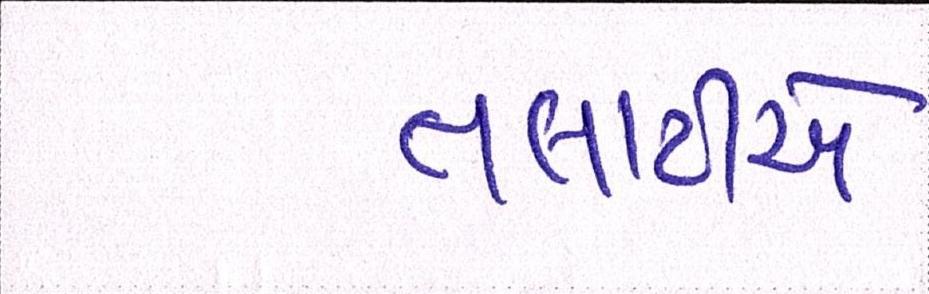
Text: તલાટીએ